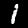
Label: 1